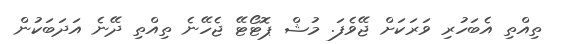
ތިއްތި އެބަހުރި ވަރަކަށް ޖޭވެފަ. މުޝް ޕޮޓޯޓޭ ޖެހޭނެ ތިއްތި ދޭނެ އަދަބަކުން